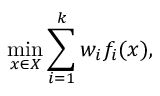
\operatorname* { m i n } _ { x \in X } \sum _ { i = 1 } ^ { k } w _ { i } f _ { i } ( x ) ,